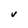
Character: V